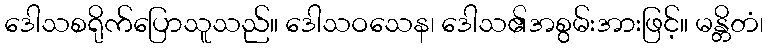
ဒေါသစရိုက်ပြောသူသည်။ ဒေါသဝသေန၊ ဒေါသ၏အစွမ်းအားဖြင့်။ မန္တိတံ၊